Report on vaccination in Madras 1895-1903 - 1895-1903
Year: 1895
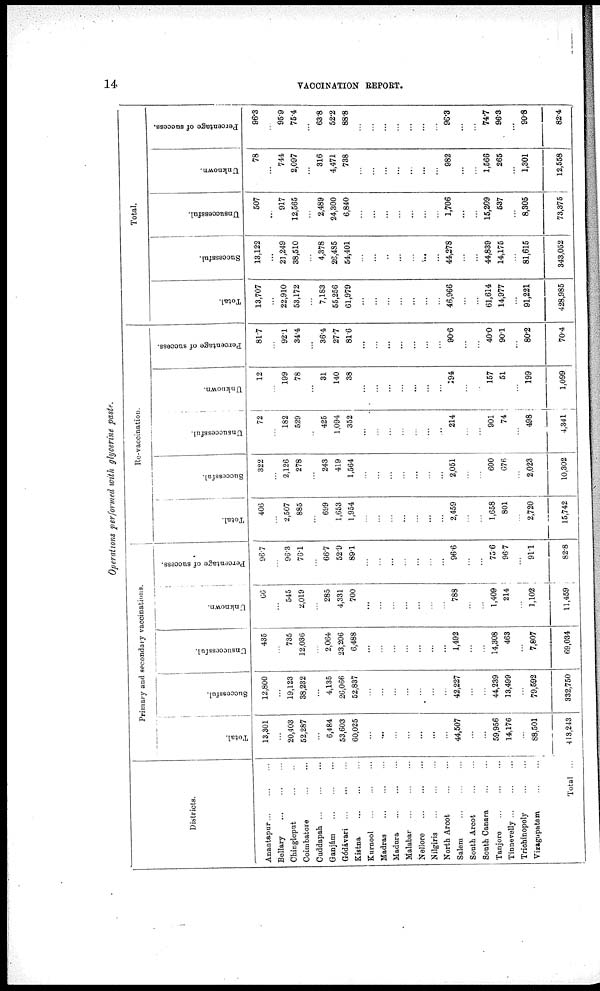
14
VACCINATION REPORT.
Operations performed with glycerine paste.
Districts.
Anantapur
...
...
...
Bellary
...
...
...
Chingleput ... ... ...
Coimbatore
...
...
Cuddapah
...
...
...
Ganjám
...
...
...
Gódávari
...
...
...
Kistna
...
...
...
Kurnool
...
...
...
Madras ... ... ...
Madura
...
...
...
Malabar
...
...
...
Nellore
...
...
...
Nilgiris
...
...
...
North Arcot
...
...
Salem
...
...
...
South Arcot
...
...
South Canara
...
...
Tanjore
...
...
...
Tinnerelly
...
...
...
Trichinopoly
...
...
Vizagapatam
...
...
Total ...
Primary and secondary vaccinations.
Total.
13,301
...
20,403
52,287
...
6,484
53,603
60,025
...
...
...
...
...
...
...
44,507
...
...
59,956
14,176
...
88,501
413,243
Successful.
12,800
...
19,123
38,232
...
4,135
26,066
52,837
...
...
...
...
...
...
...
42,227
...
...
44,239
13,499
...
79,592
332,750
Unsuccessful.
435
...
735
12,036
...
2,064
23,206
6,488
...
...
...
...
...
...
...
1,492
...
...
14,308
463
...
7,807
69,034
Unknown.
66
...
545
2,019
...
285
4,331
700
...
...
...
...
...
...
...
788
...
...
1,409
214
...
1,102
11,459
Percentage of success.
96.7
...
96.3
76.1
...
66.7
52.9
89.1
...
...
...
...
...
...
...
96.6
...
...
75.6
96.7
...
91.1
82.8
Re-vaccination.
Total.
406
...
2,507
885
...
699
1,653
1,954
...
...
...
...
...
...
...
2,459
...
...
1,658
801
...
2,720
15,742
Successful.
322
...
2,126
278
...
243
419
1,564
...
...
...
...
...
...
...
2,051
...
...
600
676
...
2,023
10,302
Unsuccessful.
72
...
182
529
...
425
1,094
352
...
...
...
...
...
...
...
214
...
...
901
74
...
498
4,341
Unknown.
12
...
199
78
...
31
140
38
...
...
...
...
...
...
...
194
...
...
157
51
...
199
1,099
Percentage of success.
81.7
...
92.1
34.4
...
36.4
27.7
816
...
...
...
...
...
...
...
90.6
...
40.0
90.1
...
80.2
70.4
Total.
Total.
13,707
...
22,910
53,172
...
7,183
55,256
61,979
...
...
...
...
...
...
...
46,966
...
...
61,614
14,977
...
91,221
428,985
Successful.
13,122
...
21,249
38,510
...
4,378
26,485
54,401
...
...
...
...
...
...
...
44,278
...
...
44,839
14,175
...
81,615
343,052
Unsuccessful.
507
...
917
12,565
...
2,489
24,300
6,840
...
...
...
...
...
...
...
1,706
...
...
15,209
537
...
8,305
73,375
Unknown.
78 ...
744
2,097
...
316
4,471
738
...
...
...
...
...
...
...
982
...
...
1,566
265
...
1,301
12,558
Percentage of success.
96.3
...
95.9
75.4
...
63.8
52.2
88.8
...
...
...
...
...
...
...
96.8
...
...
74.7
96.3
...
90.8
82.4